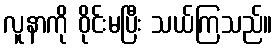
လူနာကို ဝိုင်းမပြီး သယ်ကြသည်။